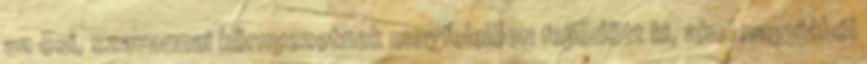
az õsi, szavannai környezetnek megfelelõen fejlõdött ki, ahol nagyjából